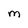
Character: M